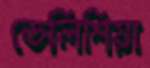
ডেলিশিয়া